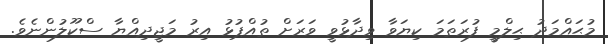
މުޙައްމަދު ޙިލްމީ ފުރަތަމަ ކިޔަވާ ވިދާޅުވީ ވަރަށް ތުއްޕުޅު އިރު މަޖީދިއްޔާ ސްކޫލުންނެވެ.